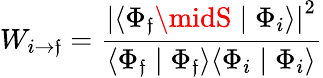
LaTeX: W_{i\rightarrow\mathfrak{f}}={\frac{{{\vert\langle\Phi_{\mathfrak{f}}\midS\mid\Phi_{i}\rangle\vert}^{2}}}{{\langle\Phi_{\mathfrak{f}}\mid\Phi_{\mathfrak{f}}\rangle\langle\Phi_{i}\mid\Phi_{i}\rangle}}}